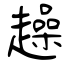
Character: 趮